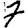
Digit: 7